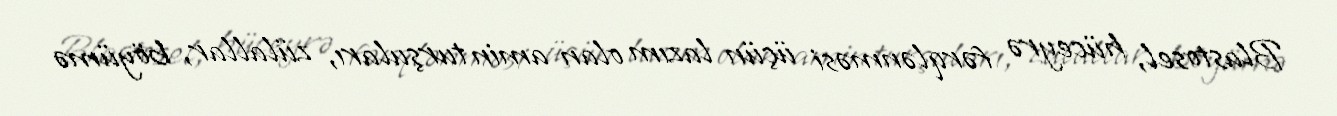
Blastosel, hüceyrə fərqlənməsi üçün lazım olan amin turşuları, zülallar, böyümə